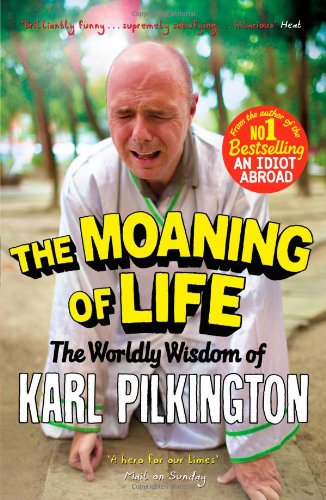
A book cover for The Moaning of Life: The Worldly Wisdom of Karl Pilkington; Karl Pilkington; Humor & Entertainment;